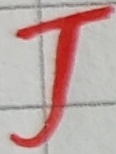
Text: J